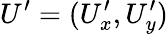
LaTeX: U^{\prime}=(U_{x}^{\prime},U_{y}^{\prime})